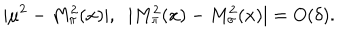
LaTeX: | \mu ^ { 2 } - M _ { \pi } ^ { 2 } ( x ) | , \; \; | M _ { \pi } ^ { 2 } ( x ) - M _ { \sigma } ^ { 2 } ( x ) | = O ( \delta ) .